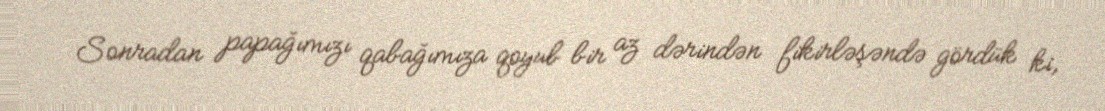
Sonradan papağımızı qabağımıza qoyub bir az dərindən fikirləşəndə gördük ki,